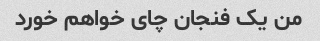
من یک فنجان چای خواهم خورد